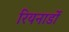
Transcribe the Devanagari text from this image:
रियनार्डो